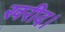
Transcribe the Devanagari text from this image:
खरीद।